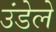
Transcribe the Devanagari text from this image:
उंडेले